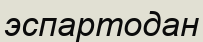
эспартодан